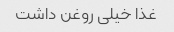
غذا خیلی روغن داشت